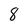
Character: 8